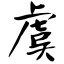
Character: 虞